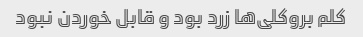
کلم بروکلی‌ها زرد بود و قابل خوردن نبود